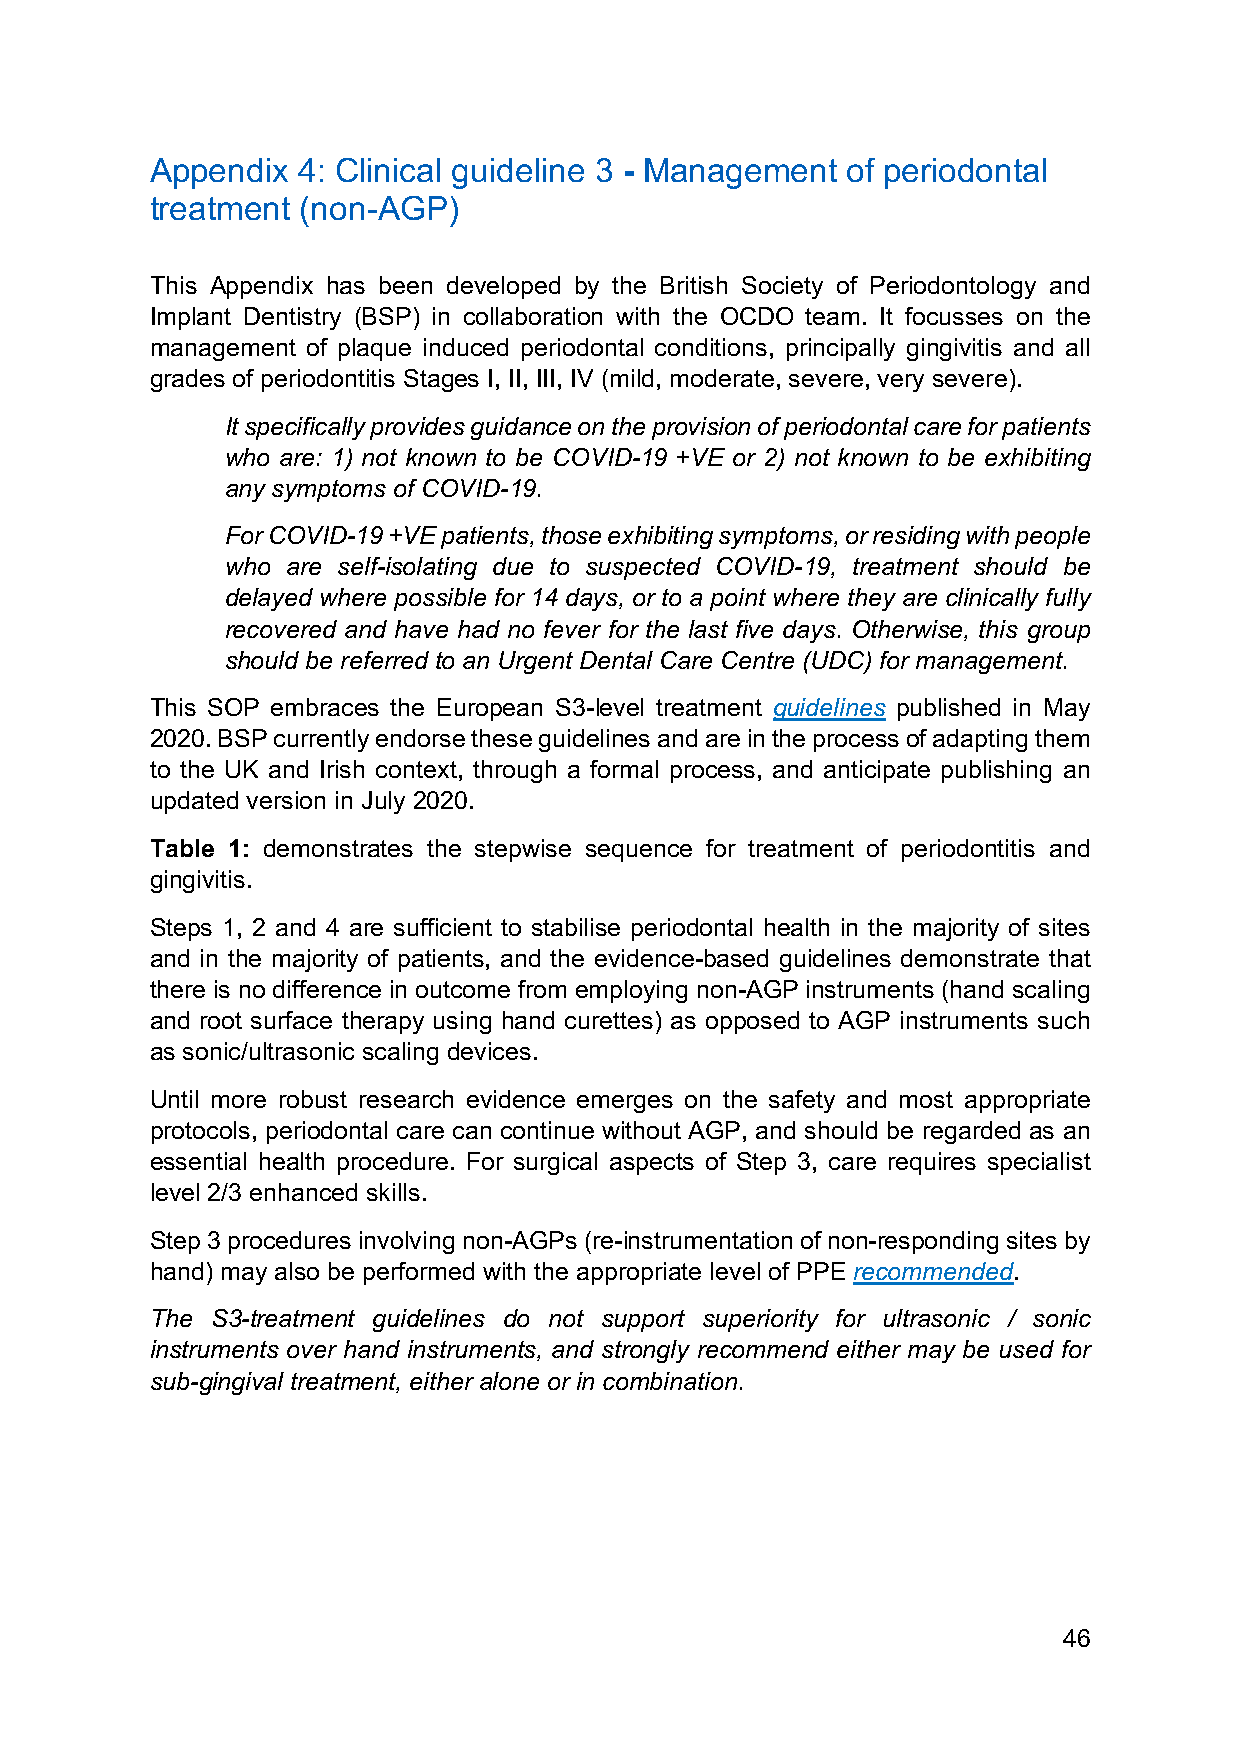
Appendix  4: Clinical guideline 3 - Management of periodontal
 treatment (non-AGP)
 This Appendix has been developed by the British Society of Periodontology and
 Implant Dentistry (BSP) in collaboration with the OCDO team. It focusses on the
 management of plaque induced periodontal conditions, principally gingivitis and all
 grades of periodontitis Stages I, II, III, IV (mild, moderate, severe, very severe).
 It specifically provides guidance on the provision of periodontal care for patients
 who are: 1) not known to be COVID-19 +VE or 2) not known to be exhibiting
 any symptoms of COVID-19.
 For COVID-19 +VE patients, those exhibiting symptoms, or residing with people
 who are self-isolating due to suspected COVID-19, treatment should be
 delayed where possible for 14 days, or to a point where they are clinically fully
 recovered and have had no fever for the last five days. Otherwise, this group
 should be referred to an Urgent Dental Care Centre (UDC) for management.
 This SOP embraces the European S3-level treatment guidelines published in May
 2020. BSP currently endorse these guidelines and are in the process of adapting them
 to the UK and Irish context, through a formal process, and anticipate publishing an
 updated version in July 2020.
 Table 1: demonstrates the stepwise sequence for treatment of periodontitis and
 gingivitis.
 Steps 1, 2 and 4 are sufficient to stabilise periodontal health in the majority of sites
 and in the majority of patients, and the evidence-based guidelines demonstrate that
 there is no difference in outcome from employing non-AGP instruments (hand scaling
 and root surface therapy using hand curettes) as opposed to AGP instruments such
 as sonic/ultrasonic scaling devices.
 Until more robust research evidence emerges on the safety and most appropriate
 protocols, periodontal care can continue without AGP, and should be regarded as an
 essential health procedure. For surgical aspects of Step 3, care requires specialist
 level 2/3 enhanced skills.
 Step 3 procedures involving non-AGPs (re-instrumentation of non-responding sites by
 hand) may also be performed with the appropriate level of PPE recommended.
 The S3-treatment guidelines do not support superiority for ultrasonic / sonic
 instruments over hand instruments, and strongly recommend either may be used for
 sub-gingival treatment, either alone or in combination.
 46